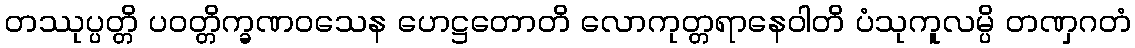
တဿုပ္ပတ္တိ ပဝတ္တိက္ခဏဝသေန ဟေဋ္ဌတောတိ လောကုတ္တရာနေဝါတိ ပံသုကူလမ္ပိ တဏှဂတံ